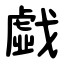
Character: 戱